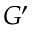
G ^ { \prime }